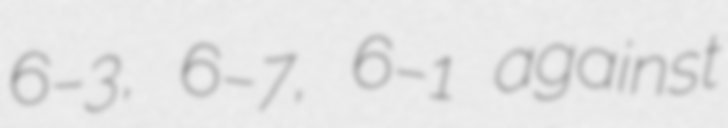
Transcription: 6–3, 6–7, 6–1 against